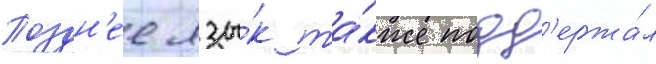
Поздн'ее язы́к та́кже подд'ержа́л